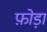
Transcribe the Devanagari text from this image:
फ़ोड़ा